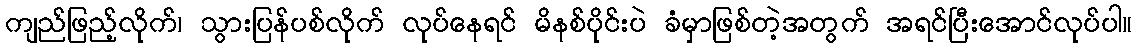
ကျည်ဖြည့်လိုက်၊ သွားပြန်ပစ်လိုက် လုပ်နေရင် မိနစ်ပိုင်းပဲ ခံမှာဖြစ်တဲ့အတွက် အရင်ပြီးအောင်လုပ်ပါ။